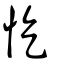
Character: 忔